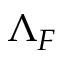
\Lambda _ { F }